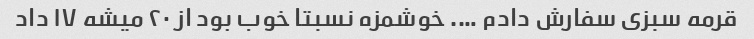
قرمه سبزی سفارش دادم …. خوشمزه نسبتا خوب بود از ۲۰ میشه ۱۷ داد